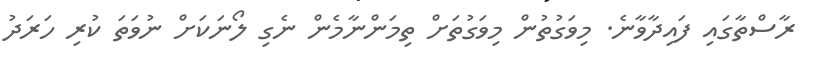
ރާސްތާގައި ފައިދާވާނެ. މިވަގުތުން މިވަގުތަށް ތިމަންނާމެން ނެގި ލޯނަކަށް ނުވަތަ ކުރި ހަރަދު